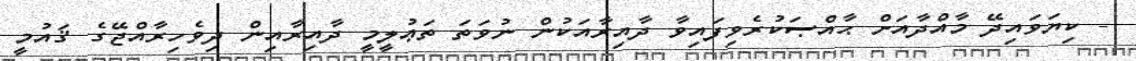
- ކިޔަވައިދޭ މާއްދާއަށް ޙާއްޞަކުރެވިފައިވާ ދާއިރާއަކުން ނުވަތަ ތަޢުލީމީ ދާއިރާއިން ދިވެހިރާއްޖޭގެ ޤައުމީ